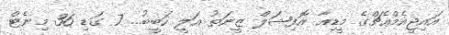
އައިޖީއެމްއެޗްގެ މީޑިއާ އޮފިޝަލް ޒީނަތު އަލީ ހަބީބު... 7 ގަޑި 36 މިނެޓް